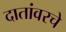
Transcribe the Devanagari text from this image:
दातांवरचे